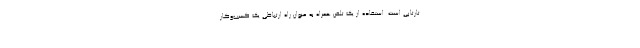
تارتاپی است. استفاده از یک تلفن همراه به عنوان راه ارتباطی یک کسب‌وکار